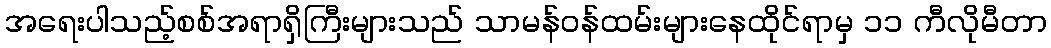
အရေးပါသည့်စစ်အရာရှိကြီးများသည် သာမန်ဝန်ထမ်းများနေထိုင်ရာမှ ၁၁ ကီလိုမီတာ